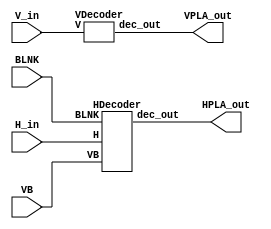
// This program was cloned from: https://github.com/emu-russia/breaks
// License: Creative Commons Zero v1.0 Universal


module HVDecoder (
	H_in, V_in, VB, BLNK,
	HPLA_out, VPLA_out);

	input [8:0] H_in;
	input [8:0] V_in;
	input VB;
	input BLNK;

	output [23:0] HPLA_out;
	output [9:0] VPLA_out;

	HDecoder hpla (.H(H_in), .VB(VB), .BLNK(BLNK), .dec_out(HPLA_out) );
	VDecoder vpla (.V(V_in), .dec_out(VPLA_out) );

endmodule // HVDecoder

module HDecoder (H, VB, BLNK, dec_out);

	input [8:0] H;
	input VB;
	input BLNK;

	output [23:0] dec_out;

	wire [8:0] nH;
	assign nH = ~H;

	wire [19:0] d;
	assign d = {H[8],nH[8],H[7],nH[7],H[6],nH[6],H[5],nH[5],H[4],nH[4],H[3],nH[3],H[2],nH[2],H[1],nH[1],H[0],nH[0],VB,BLNK};

`ifdef RP2C02

	assign dec_out[0] = ~|{d[2],d[4],d[6],d[9],d[10],d[13],d[15],d[17],d[18]};
	assign dec_out[1] = ~|{d[3],d[5],d[7],d[9],d[11],d[13],d[15],d[17],d[18]};
	assign dec_out[2] = ~|{d[0],d[2],d[5],d[7],d[9],d[11],d[13],d[14],d[17],d[19]};
	assign dec_out[3] = ~|{d[9],d[11],d[13],d[15],d[17]};
	assign dec_out[4] = ~|{d[1],d[19]};
	assign dec_out[5] = ~|{d[0],d[2],d[4],d[7],d[9],d[10],d[13],d[14],d[17],d[18]};
	assign dec_out[6] = ~|{d[0],d[2],d[4],d[6],d[8],d[10],d[12],d[15],d[17],d[19]};
	assign dec_out[7] = ~|{d[0],d[2],d[4],d[6],d[8],d[10],d[12],d[14],d[16]};
	assign dec_out[8] = ~|{d[0],d[15],d[17],d[19]};
	assign dec_out[9] = ~|{d[0],d[15],d[17],d[18]};
	assign dec_out[10] = ~|{d[0],d[1],d[19]};
	assign dec_out[11] = ~|{d[0],d[5],d[7]};
	assign dec_out[12] = ~|{d[4],d[6]};
	assign dec_out[13] = ~|{d[5],d[6]};
	assign dec_out[14] = ~|{d[0],d[11],d[13],d[14],d[18]};
	assign dec_out[15] = ~|{d[0],d[19]};
	assign dec_out[16] = ~|{d[4],d[7]};
	assign dec_out[17] = ~|{d[3],d[4],d[6],d[8],d[11],d[13],d[15],d[17],d[18]};
	assign dec_out[18] = ~|{d[3],d[5],d[7],d[8],d[11],d[13],d[14],d[17],d[18]};
	assign dec_out[19] = ~|{d[2],d[4],d[6],d[9],d[10],d[13],d[15],d[17],d[18]};
	assign dec_out[20] = ~|{d[3],d[5],d[7],d[9],d[10],d[12],d[15],d[17],d[18]};
	assign dec_out[21] = ~|{d[2],d[4],d[7],d[9],d[11],d[13],d[14],d[17],d[18]};
	assign dec_out[22] = ~|{d[3],d[5],d[6],d[9],d[10],d[12],d[15],d[17],d[18]};
	assign dec_out[23] = ~|{d[3],d[5],d[6],d[9],d[10],d[13],d[14],d[17],d[18]};

`elsif RP2C07

	assign dec_out[0] = ~|{d[2],d[5],d[6],d[9],d[10],d[13],d[15],d[17],d[18]};
	assign dec_out[1] = ~|{d[3],d[5],d[7],d[9],d[11],d[13],d[15],d[17],d[18]};
	assign dec_out[2] = ~|{d[0],d[2],d[5],d[7],d[9],d[11],d[13],d[14],d[17],d[19]};
	assign dec_out[3] = ~|{d[9],d[11],d[13],d[15],d[17]};
	assign dec_out[4] = ~|{d[1],d[19]};
	assign dec_out[5] = ~|{d[0],d[2],d[4],d[7],d[9],d[10],d[13],d[14],d[17],d[18]};
	assign dec_out[6] = ~|{d[0],d[2],d[4],d[6],d[8],d[10],d[12],d[15],d[17],d[19]};
	assign dec_out[7] = ~|{d[0],d[2],d[4],d[6],d[8],d[10],d[12],d[14],d[16]};
	assign dec_out[8] = ~|{d[0],d[15],d[17],d[19]};
	assign dec_out[9] = ~|{d[0],d[15],d[17],d[18]};
	assign dec_out[10] = ~|{d[0],d[1],d[19]};
	assign dec_out[11] = ~|{d[0],d[5],d[7]};
	assign dec_out[12] = ~|{d[4],d[6]};
	assign dec_out[13] = ~|{d[5],d[6]};
	assign dec_out[14] = ~|{d[0],d[11],d[13],d[14],d[18]};
	assign dec_out[15] = ~|{d[0],d[19]};
	assign dec_out[16] = ~|{d[4],d[7]};
	assign dec_out[17] = ~|{d[3],d[5],d[7],d[9],d[11],d[13],d[15],d[17],d[18]};
	assign dec_out[18] = ~|{d[3],d[5],d[6],d[9],d[11],d[13],d[15],d[17],d[19]};
	assign dec_out[19] = ~|{d[2],d[5],d[6],d[9],d[10],d[13],d[15],d[17],d[18]};
	assign dec_out[20] = ~|{d[3],d[4],d[6],d[8],d[11],d[12],d[15],d[17],d[18]};
	assign dec_out[21] = ~|{d[2],d[5],d[7],d[9],d[11],d[13],d[14],d[17],d[18]};
	assign dec_out[22] = ~|{d[3],d[4],d[7],d[9],d[10],d[12],d[15],d[17],d[18]};
	assign dec_out[23] = ~|{d[3],d[5],d[6],d[9],d[10],d[13],d[14],d[17],d[18]};

`else
`endif

endmodule // HDecoder

module VDecoder (V, dec_out);

	input [8:0] V;
	output [9:0] dec_out;

	wire [8:0] nV;
	assign nV = ~V;

	wire [17:0] d;
	assign d = {V[8],nV[8],V[7],nV[7],V[6],nV[6],V[5],nV[5],V[4],nV[4],V[3],nV[3],V[2],nV[2],V[1],nV[1],V[0],nV[0]};

`ifdef RP2C02

	assign dec_out[0] = ~|{d[0],d[2],d[4],d[7],d[8],d[10],d[12],d[14]};
	assign dec_out[1] = ~|{d[1],d[3],d[4],d[7],d[8],d[10],d[12],d[14]};
	assign dec_out[2] = ~|{d[0],d[3],d[4],d[7],d[9],d[11],d[13],d[15],d[16]};
	assign dec_out[3] = ~|{d[0],d[3],d[5],d[7],d[8],d[10],d[12],d[14]};
	assign dec_out[4] = ~|{d[0],d[3],d[5],d[7],d[8],d[10],d[12],d[14]};
	assign dec_out[5] = ~|{d[1],d[3],d[5],d[7],d[9],d[11],d[13],d[15],d[17]};
	assign dec_out[6] = ~|{d[1],d[3],d[5],d[7],d[8],d[10],d[12],d[14]};
	assign dec_out[7] = ~|{d[0],d[3],d[4],d[7],d[9],d[11],d[13],d[15],d[16]};
	assign dec_out[8] = ~|{d[0],d[3],d[4],d[7],d[9],d[11],d[13],d[15],d[16]};
	assign dec_out[9] = 1'b0; 		// Not present in NTSC PPUs

`elsif RP2C07

	assign dec_out[0] = ~|{d[1],d[3],d[5],d[7],d[8],d[11],d[13],d[15],d[16]};
	assign dec_out[1] = ~|{d[0],d[3],d[4],d[6],d[9],d[11],d[13],d[15],d[16]};
	assign dec_out[2] = ~|{d[0],d[3],d[5],d[7],d[9],d[11],d[13],d[15],d[17]};
	assign dec_out[3] = ~|{d[1],d[3],d[5],d[7],d[8],d[10],d[12],d[14]};
	assign dec_out[4] = ~|{d[0],d[3],d[5],d[7],d[8],d[10],d[12],d[14]};
	assign dec_out[5] = ~|{d[1],d[3],d[5],d[7],d[9],d[11],d[13],d[15],d[17]};
	assign dec_out[6] = ~|{d[1],d[3],d[5],d[7],d[8],d[10],d[12],d[14]};
	assign dec_out[7] = ~|{d[0],d[2],d[4],d[7],d[8],d[10],d[13],d[15],d[16]};
	assign dec_out[8] = ~|{d[0],d[2],d[4],d[7],d[8],d[10],d[13],d[15],d[16]};
	assign dec_out[9] = ~|{d[0],d[3],d[5],d[6],d[9],d[11],d[13],d[15],d[16]};

`else
`endif

endmodule // VDecoder